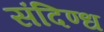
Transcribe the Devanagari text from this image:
संदिण्ध